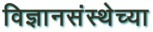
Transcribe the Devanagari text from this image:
विज्ञानसंस्थेच्या